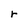
Character: r